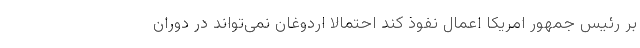
بر رئیس جمهور امریکا اعمال نفوذ کند احتمالا اردوغان نمی‌تواند در دوران